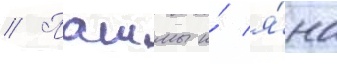
// Пашмы и́ я́на